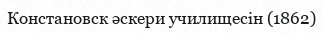
Констановск әскери училищесін (1862)